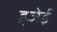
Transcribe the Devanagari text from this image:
हुजेई